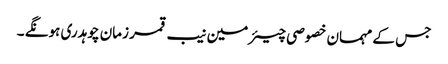
جس کے مہمان خصوصی چیئرمین نیب قمر زمان چوہدری ہونگے ۔